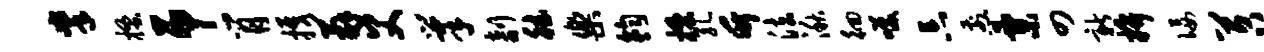
掌搔吊肖携薜父巢剞德乐钧搔孔竹法湫徊笑忘煎粟四新拚佞苕糕